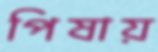
পিষায়